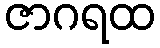
ဇာဂရထ